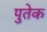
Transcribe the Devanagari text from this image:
पुतेक